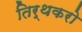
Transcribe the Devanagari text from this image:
तिर्थकरो